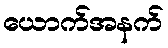
ယောက်အနက်